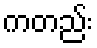
ကတည်း